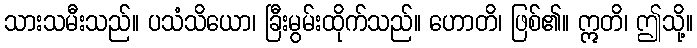
သားသမီးသည်။ ပသံသိယော၊ ခြီးမွမ်းထိုက်သည်။ ဟောတိ၊ ဖြစ်၏။ ဣတိ၊ ဤသို့။